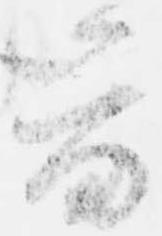
音